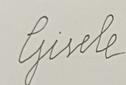
Signature authenticity: forged